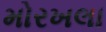
મોરખલા